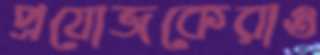
প্রযোজকেরাও